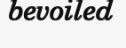
bevoiled